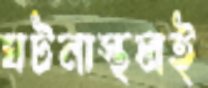
ঘটনাস্থলই